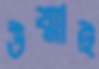
উষ্মাই